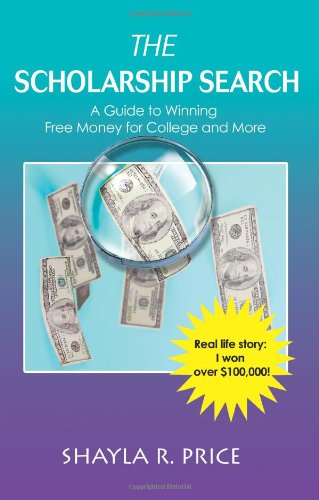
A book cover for The Scholarship Search: A Guide to Winning Free Money for College and More; Shayla Price; Teen & Young Adult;